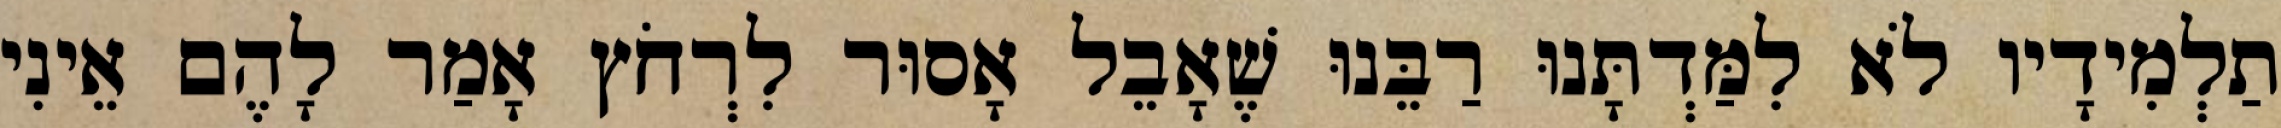
תַלְמִידָיו לֹא לִמַּדְתָּנוּ רַבֵּנוּ שֶׁאָבֵל אָסוּר לִרְחֹץ אָמַר לָהֶם אֵינִי